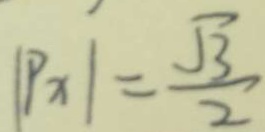
\vert P x \vert = \frac { \sqrt { 3 } } { 2 }